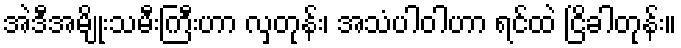
အဲဒီအမျိုးသမီးကြီးဟာ လှတုန်း၊ အသံပါဝါဟာ ရင်ထဲ ငြိခါတုန်း။